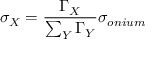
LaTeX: \sigma _ { X } = \frac { \Gamma _ { X } } { \sum _ { Y } \Gamma _ { Y } } \sigma _ { o n i u m }